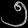
Digit: ၅